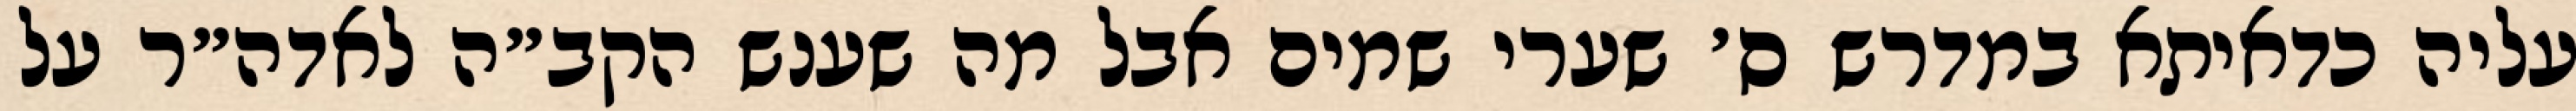
עליה כדאיתא במדרש ס׳ שערי שמים אבל מה שענש הקב״ה לאדה״ר על